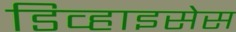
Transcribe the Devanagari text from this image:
डिव्हाइसेस